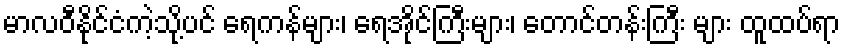
မာလဝီနိုင်ငံကဲ့သို့ပင် ရေကန်များ၊ ရေအိုင်ကြီးများ၊ တောင်တန်းကြီး များ ထူထပ်ရာ